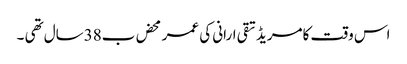
اس وقت کامریڈ تقی ارانی کی عمر محض ب38سال تھی ۔